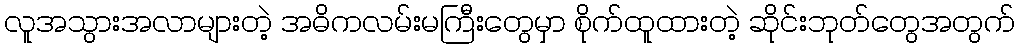
လူအသွားအလာများတဲ့ အဓိကလမ်းမကြီးတွေမှာ စိုက်ထူထားတဲ့ ဆိုင်းဘုတ်တွေအတွက်